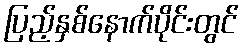
ပြည့်နှစ်နောက်ပိုင်းတွင်